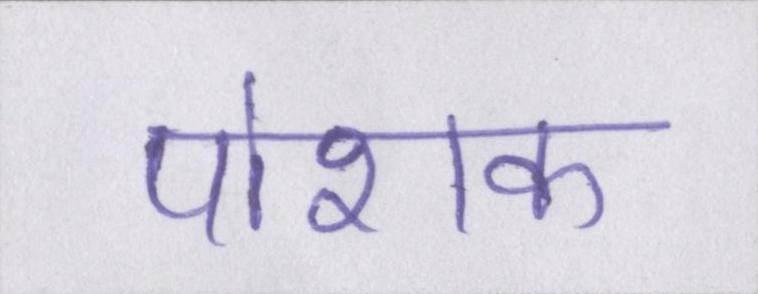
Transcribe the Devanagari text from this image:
पोशक